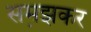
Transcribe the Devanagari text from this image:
सम़झकर